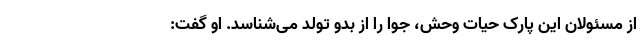
از مسئولان این پارک حیات وحش، جوا را از بدو تولد می‌شناسد. او گفت: